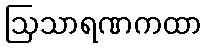
ဩသာရဏကထာ